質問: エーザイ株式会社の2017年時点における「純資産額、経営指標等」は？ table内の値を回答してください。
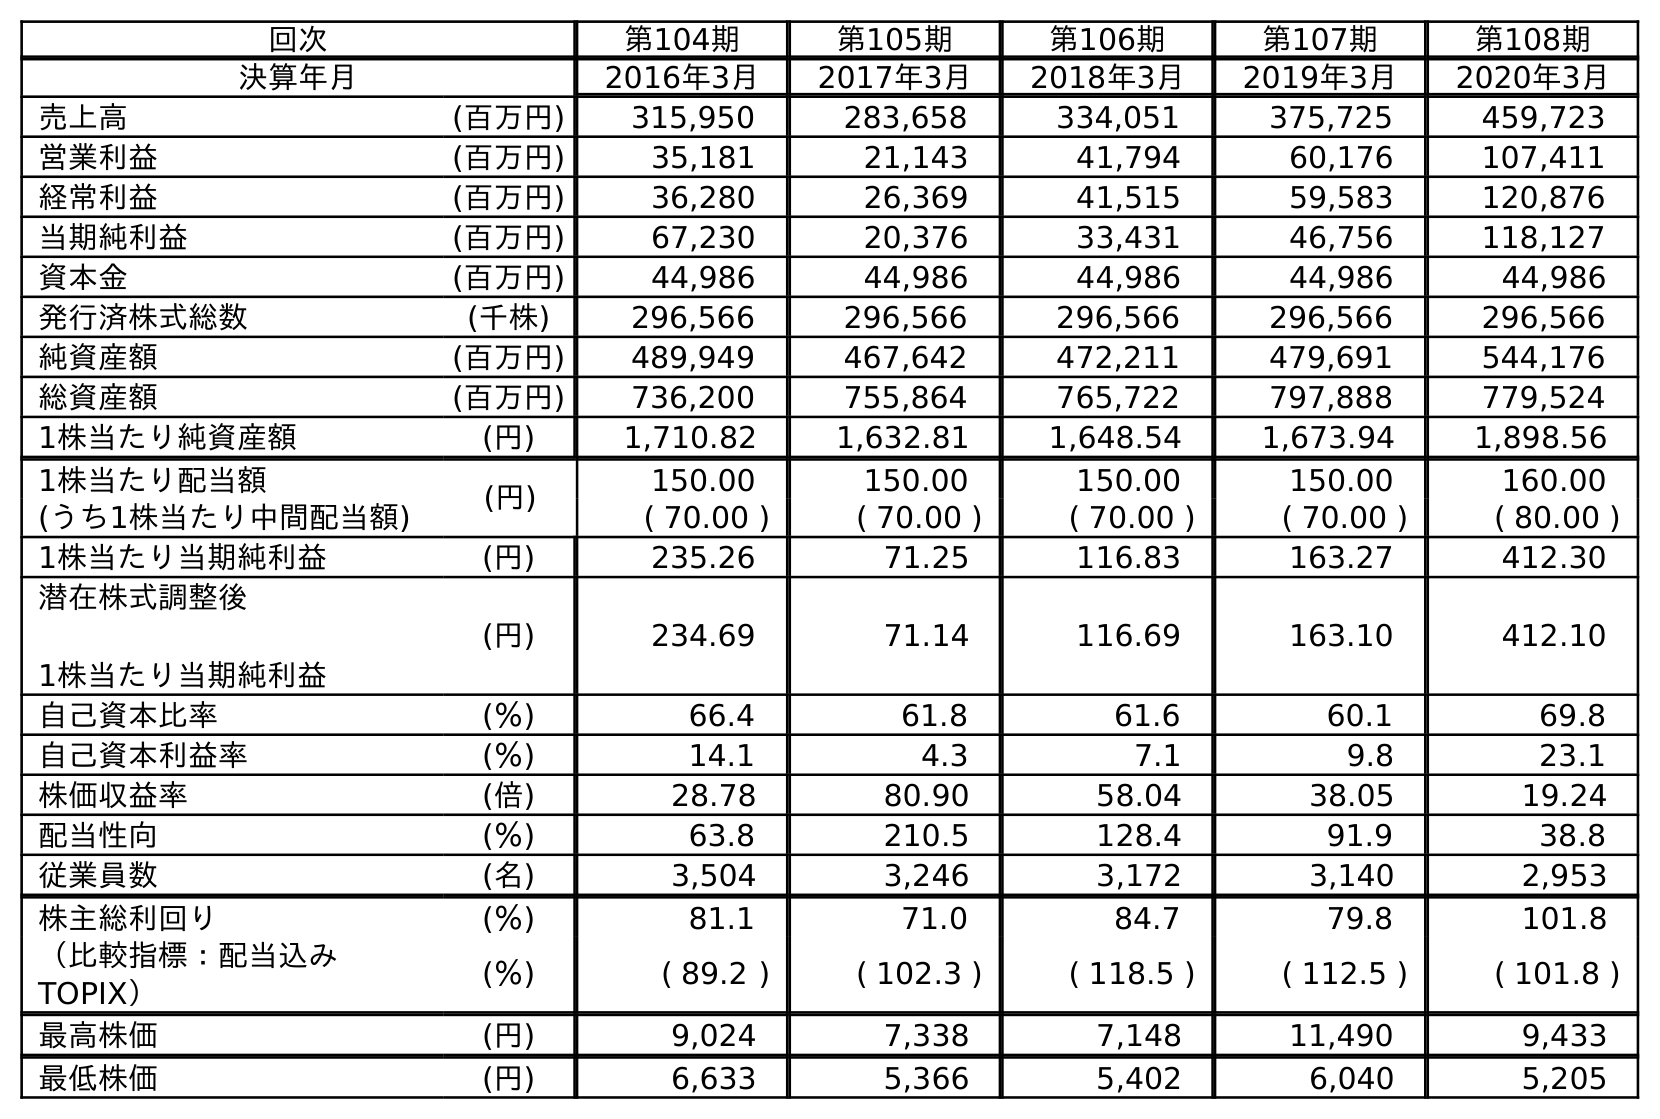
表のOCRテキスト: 回次 第104期 第105期 第106期 第107期 第108期 決算年月 2016年3月 2017年3月 2018年3月 2019年3月 2020年3月 売上高 (百万円) 315,950 283,658 334,051 375,725 459,723 営業利益 (百万円) 35,181 21,143 41,794 60,176 107,411 経常利益 (百万円) 36,280 26,369 41,515 59,583 120,876 当期純利益 (百万円) 67,230 20,376 33,431 46,756 118,127 資本金 (百万円) 44,986 44,986 44,986 44,986 44,986 発行済株式総数 (千株) 296,566 296,566 296,566 296,566 296,566 純資産額 (百万円) 489,949 467,642 472,211 479,691 544,176 総資産額 (百万円) 736,200 755,864 765,722 797,888 779,524 1株当たり純資産額 (円) 1,710.82 1,632.81 1,648.54 1,673.94 1,898.56 1株当たり配当額 (円) 150.00 150.00 150.00 150.00 160.00 (うち1株当たり中間配当額) ( 70.00 ) ( 70.00 ) ( 70.00 ) ( 70.00 ) ( 80.00 ) 1株当たり当期純利益 (円) 235.26 71.25 116.83 163.27 412.30 潜在株式調整後 1株当たり当期純利益 (円) 234.69 71.14 116.69 163.10 412.10 自己資本比率 (％) 66.4 61.8 61.6 60.1 69.8 自己資本利益率 (％) 14.1 4.3 7.1 9.8 23.1 株価収益率 (倍) 28.78 80.90 58.04 38.05 19.24 配当性向 (％) 63.8 210.5 128.4 91.9 38.8 従業員数 (名) 3,504 3,246 3,172 3,140 2,953 株主総利回り (％) 81.1 71.0 84.7 79.8 101.8 （比較指標：配当込み TOPIX） (％) ( 89.2 ) ( 102.3 ) ( 118.5 ) ( 112.5 ) ( 101.8 ) 最高株価 (円) 9,024 7,338 7,148 11,490 9,433 最低株価 (円) 6,633 5,366 5,402 6,040 5,205
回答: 467,642